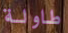
طاولة